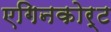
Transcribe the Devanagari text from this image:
एगिनकोर्ट